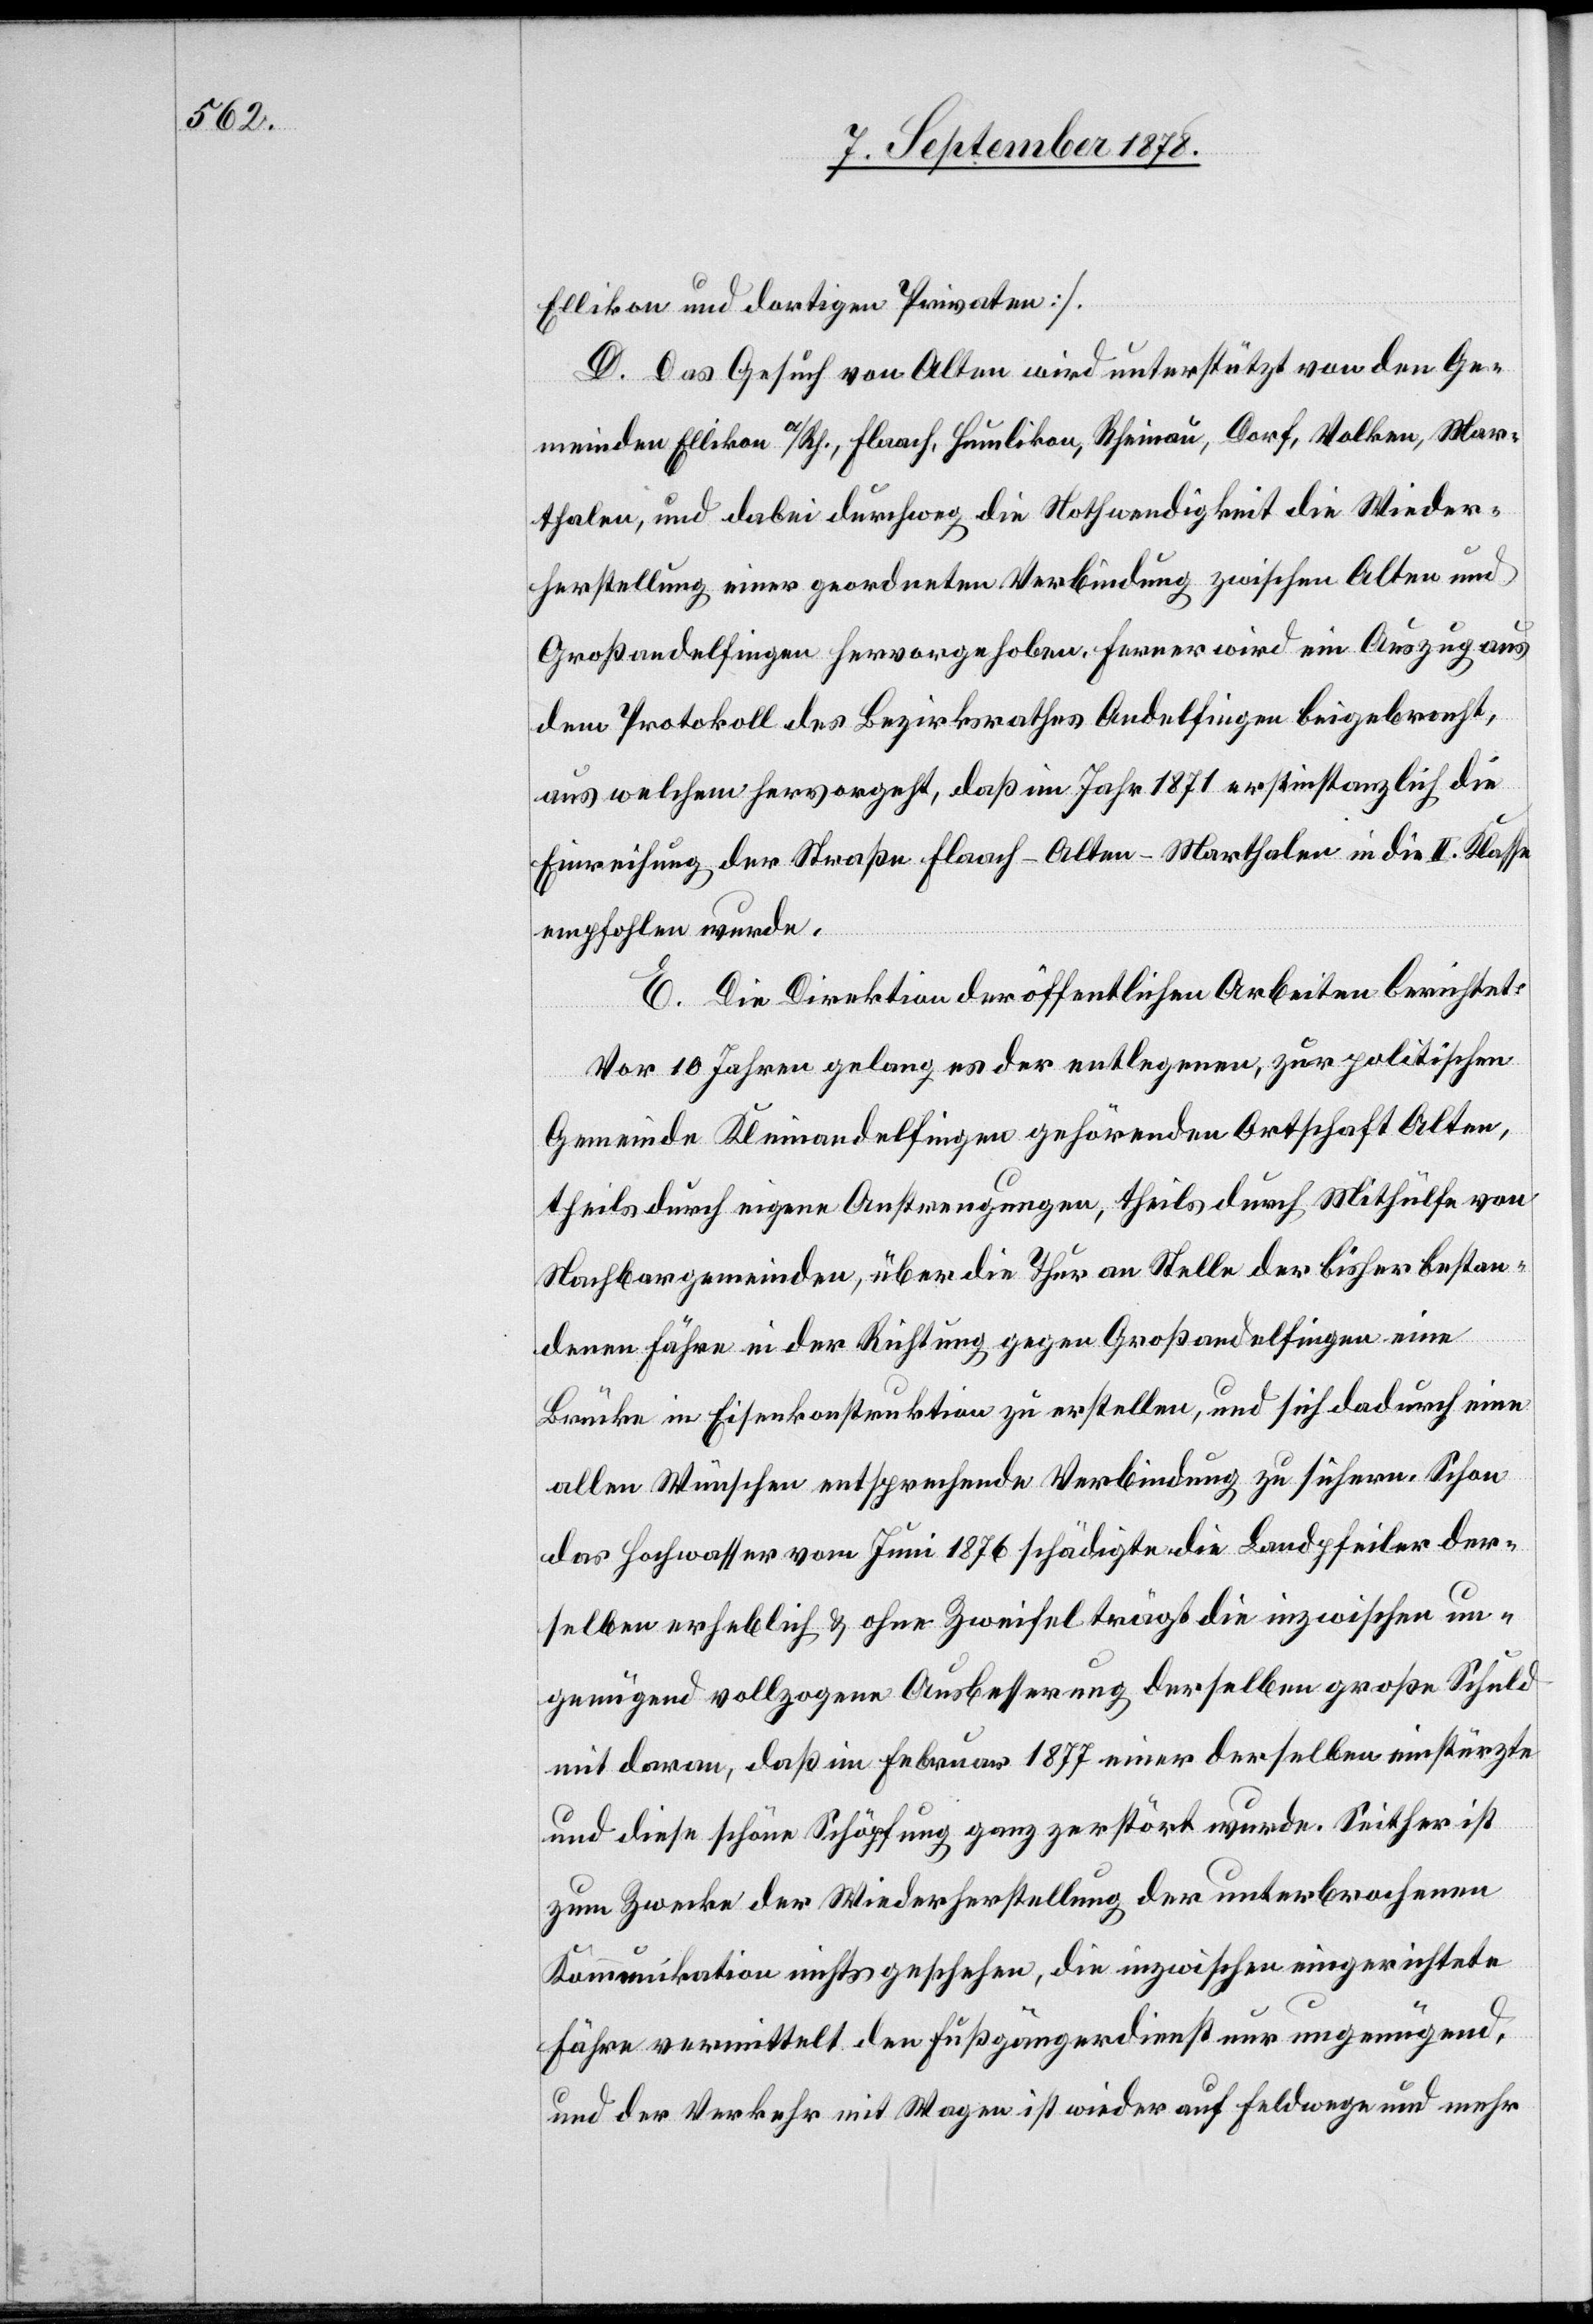
Ellikon und dortigen Privaten].
D. Das Gesuch von Alten wird unterstützt von den Ge¬
meinden Ellikon a/Rh., Flaach, Humlikon, Rheinau, Dorf, Volken, Mar¬
thalen, und dabei durchweg die Nothwendigkeit die Wieder¬
herstellung einer geordneten Verbindung zwischen Alten und
Großandelfingen hervorgehoben. Ferner wird ein Auszug aus
dem Protokoll des Bezirksrathes Andelfingen beigebracht,
aus welchem hervorgeht, daß im Jahr 1871 erstinstanzlich die
Einreihung der Straße Flaach–Alten–Marthalen in die II. Klasse
empfohlen wurde.
E. Die Direktion der öffentlichen Arbeiten berichtet:
Vor 10 Jahren gelang es der entlegenen, zur politischen
Gemeinde Kleinandelfingen gehörende Ortschaft Alten,
theils durch eigene Anstrengungen, theils durch Mithülfe von
Nachbargemeinden, über die Thur an Stelle der bisher bestan¬
denen Fähre in der Richtung gegen Großandelfingen eine
Brücke in Eisenkonstruktion zu erstellen, und sich dadurch eine
allen Wünschen entsprechende Verbindung zu sichern. Schon
das Hochwasser vom Juni 1876 schädigte die Landpfeiler der¬
selben erheblich & ohne Zweifel trägt die inzwischen un¬
genügend vollzogene Ausbesserung derselben große Schuld
mit daran, daß im Februar 1877 einer derselben einstürzte
und diese schöne Schöpfung ganz zerstört wurde. Seither ist
zum Zwecke der Wiederherstellung der unterbrochenen
Kommunikation nichts geschehen, die inzwischen eingerichtete
Fähre vermittelt den Fußgängerdienst nur ungenügend,
und der Verkehr mit Wagen ist wieder auf Feldwege und mehr